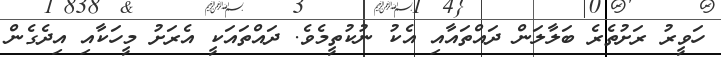
ހަވީރު ރަށުތެރެ ބަލާލަން ދައްތައާއި އެކު ނުކުތީމެވެ. ދައްތައަކީ އެރަށު މީހަކާއި އިދެގެން